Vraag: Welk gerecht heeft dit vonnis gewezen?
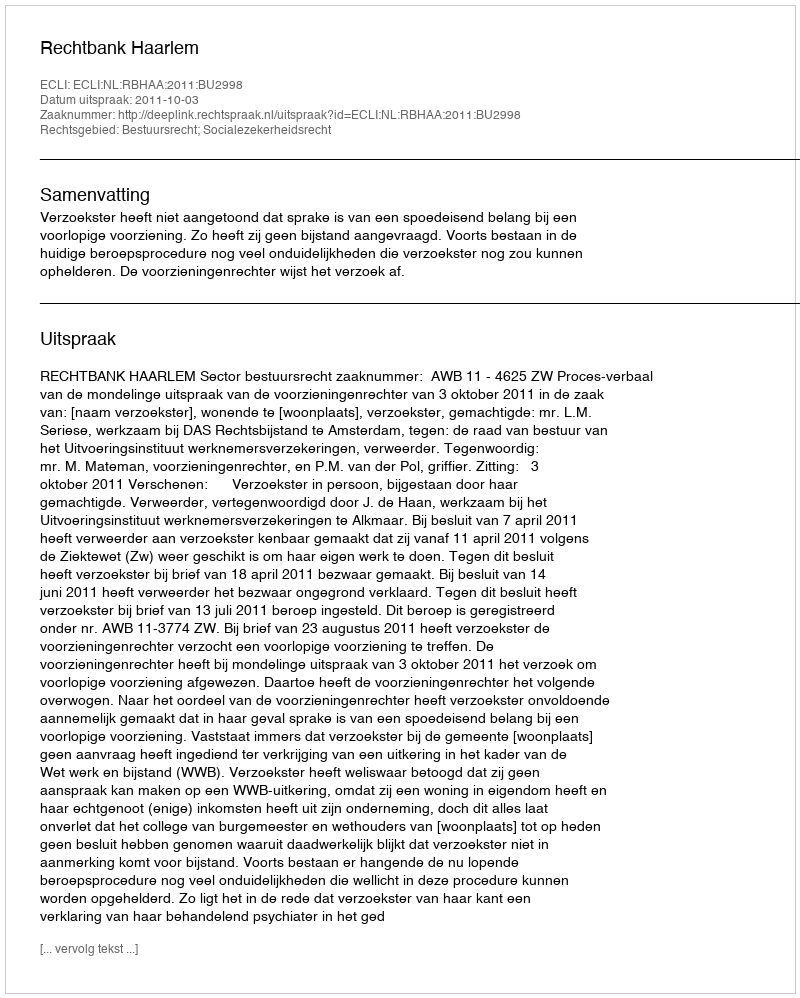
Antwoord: Rechtbank Haarlem